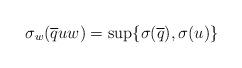
LaTeX: \begin{align*}\displaystyle \sigma_w(\overline{q}uw)=\sup\{\sigma(\overline{q}),\sigma(u)\}\end{align*}